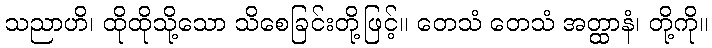
သညာဟိ၊ ထိုထိုသို့သော သိစေခြင်းတို့ဖြင့်။ တေသံ တေသံ အတ္ထာနံ၊ တို့ကို။